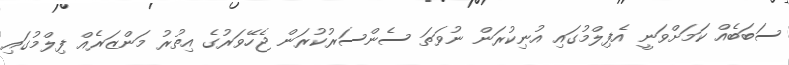
ސަބަބެއް ކަމަށްވަނީ އެފިލްމުގައި އުނިކުރަން ނުވަތަ ސެންސަރުކުރަން ޖެހޭވަރުގެ އިތުރު މަންޒަރެއް ފިލްމުގައި